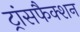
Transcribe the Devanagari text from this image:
ट्रांसफैक्शन